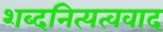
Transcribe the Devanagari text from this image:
शब्दनित्यत्ववाद